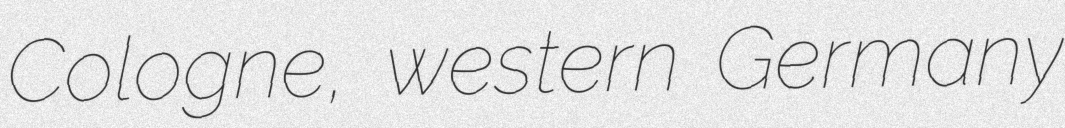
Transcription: Cologne, western Germany